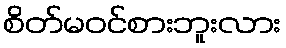
စိတ်မဝင်စားဘူးလား